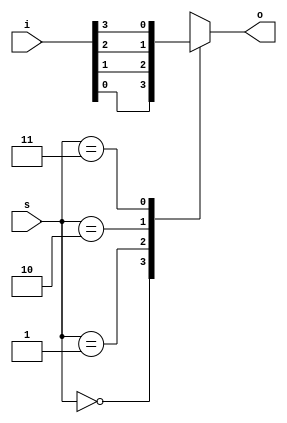
module mux4to1_behav(input [3:0] i,
                    input [1:0] s,
                    output reg o);
always @(s or i)
begin
case (s)               
2'b00 : o = i[0];
2'b01 : o = i[1];
2'b10 : o = i[2];
2'b11 : o = i[3];
default : o = 1'bz;
endcase
end
endmodule